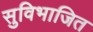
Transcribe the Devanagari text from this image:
सुविभाजित